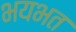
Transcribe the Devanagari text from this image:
भयभत